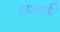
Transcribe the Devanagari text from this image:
सभळी